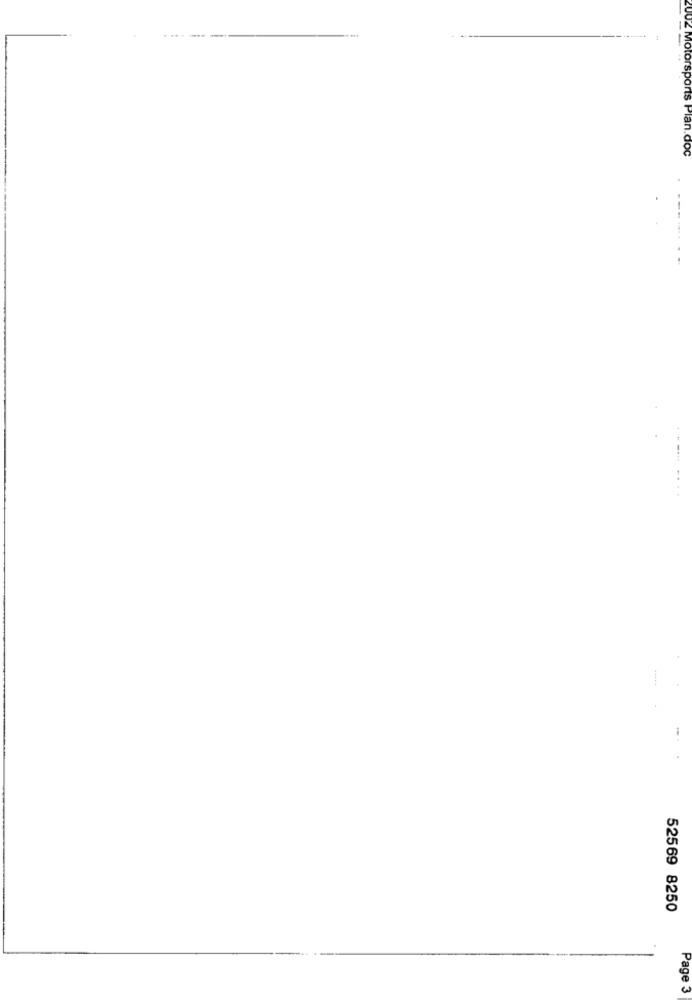
torspor
in.doc
52569 8250
Page 3